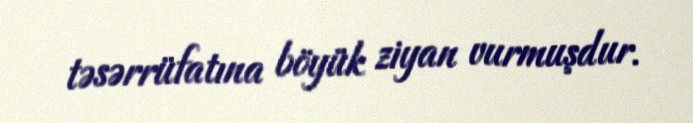
təsərrüfatına böyük ziyan vurmuşdur.